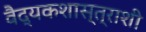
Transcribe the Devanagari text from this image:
वैद्यकशास्त्राशी